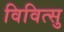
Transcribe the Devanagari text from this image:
विवित्सु